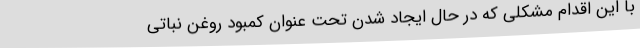
با این اقدام مشکلی که در حال ایجاد شدن تحت عنوان کمبود روغن نباتی